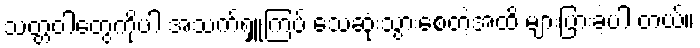
သတ္တဝါတွေကိုပါ အသက်ရှူကြပ် သေဆုံးသွားစေတဲ့အထိ များပြားခဲ့ပါ တယ်။